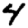
Digit: 4